Lunatic asylums Madras 1877-1891 - 1877-1891
Year: 1877
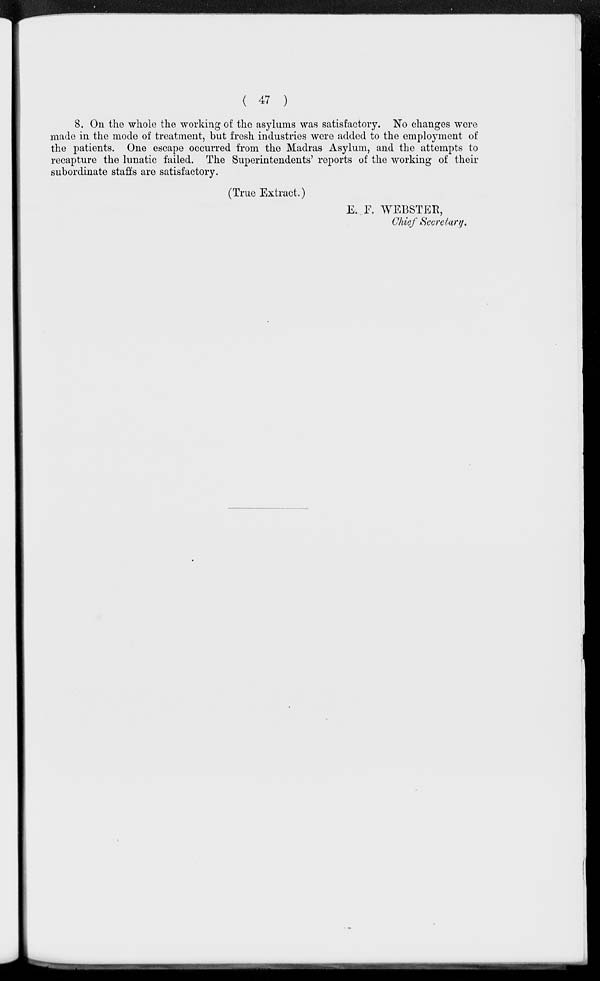
( 47 )
8. On the whole the working of the asylums was satisfactory. No changes were
made in the mode of treatment, but fresh industries were added to the employment of
the patients. One escape occurred from the Madras Asylum, and the attempts to
recapture the lunatic failed. The Superintendents' reports of the working of their
subordinate staffs are satisfactory.
(True Extract.)
E. F. WEBSTER,
Chief Secretary.